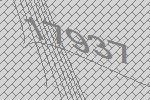
17937